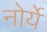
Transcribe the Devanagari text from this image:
नोर्ये